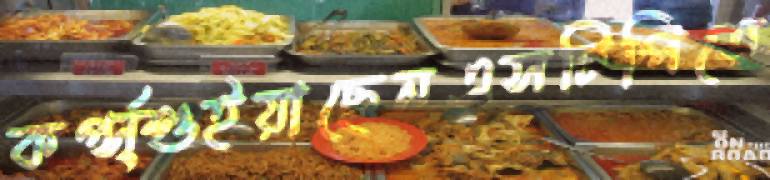
কর্প্স্শুইয়াছেনএসটিপিতে